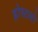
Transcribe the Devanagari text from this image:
होस्टलो